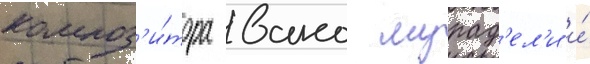
композ'и́тора вано мурад'ел'и и́